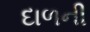
દાળની